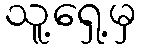
သူ့ရှေ့မှ